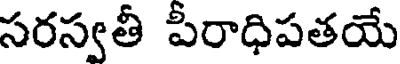
సరస్వతీ పీరాధిపతయే